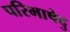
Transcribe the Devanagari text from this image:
परिभाषेदु